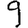
Digit: 9